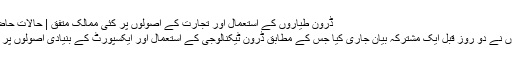
ڈرون طياروں کے استعمال اور تجارت کے اصولوں پر کئی ممالک متفق | حالات حاضرہ | DW | 06.10.2016
امریکا اور چوالیس ديگر ملکوں نے دو روز قبل ایک مشترکہ بیان جاری کیا جس کے مطابق ڈرون ٹیکنالوجی کے استعمال اور ایکسپورٹ کے بنیادی اصولوں پر یہ ملک متفق بتائے گئے ہیں۔